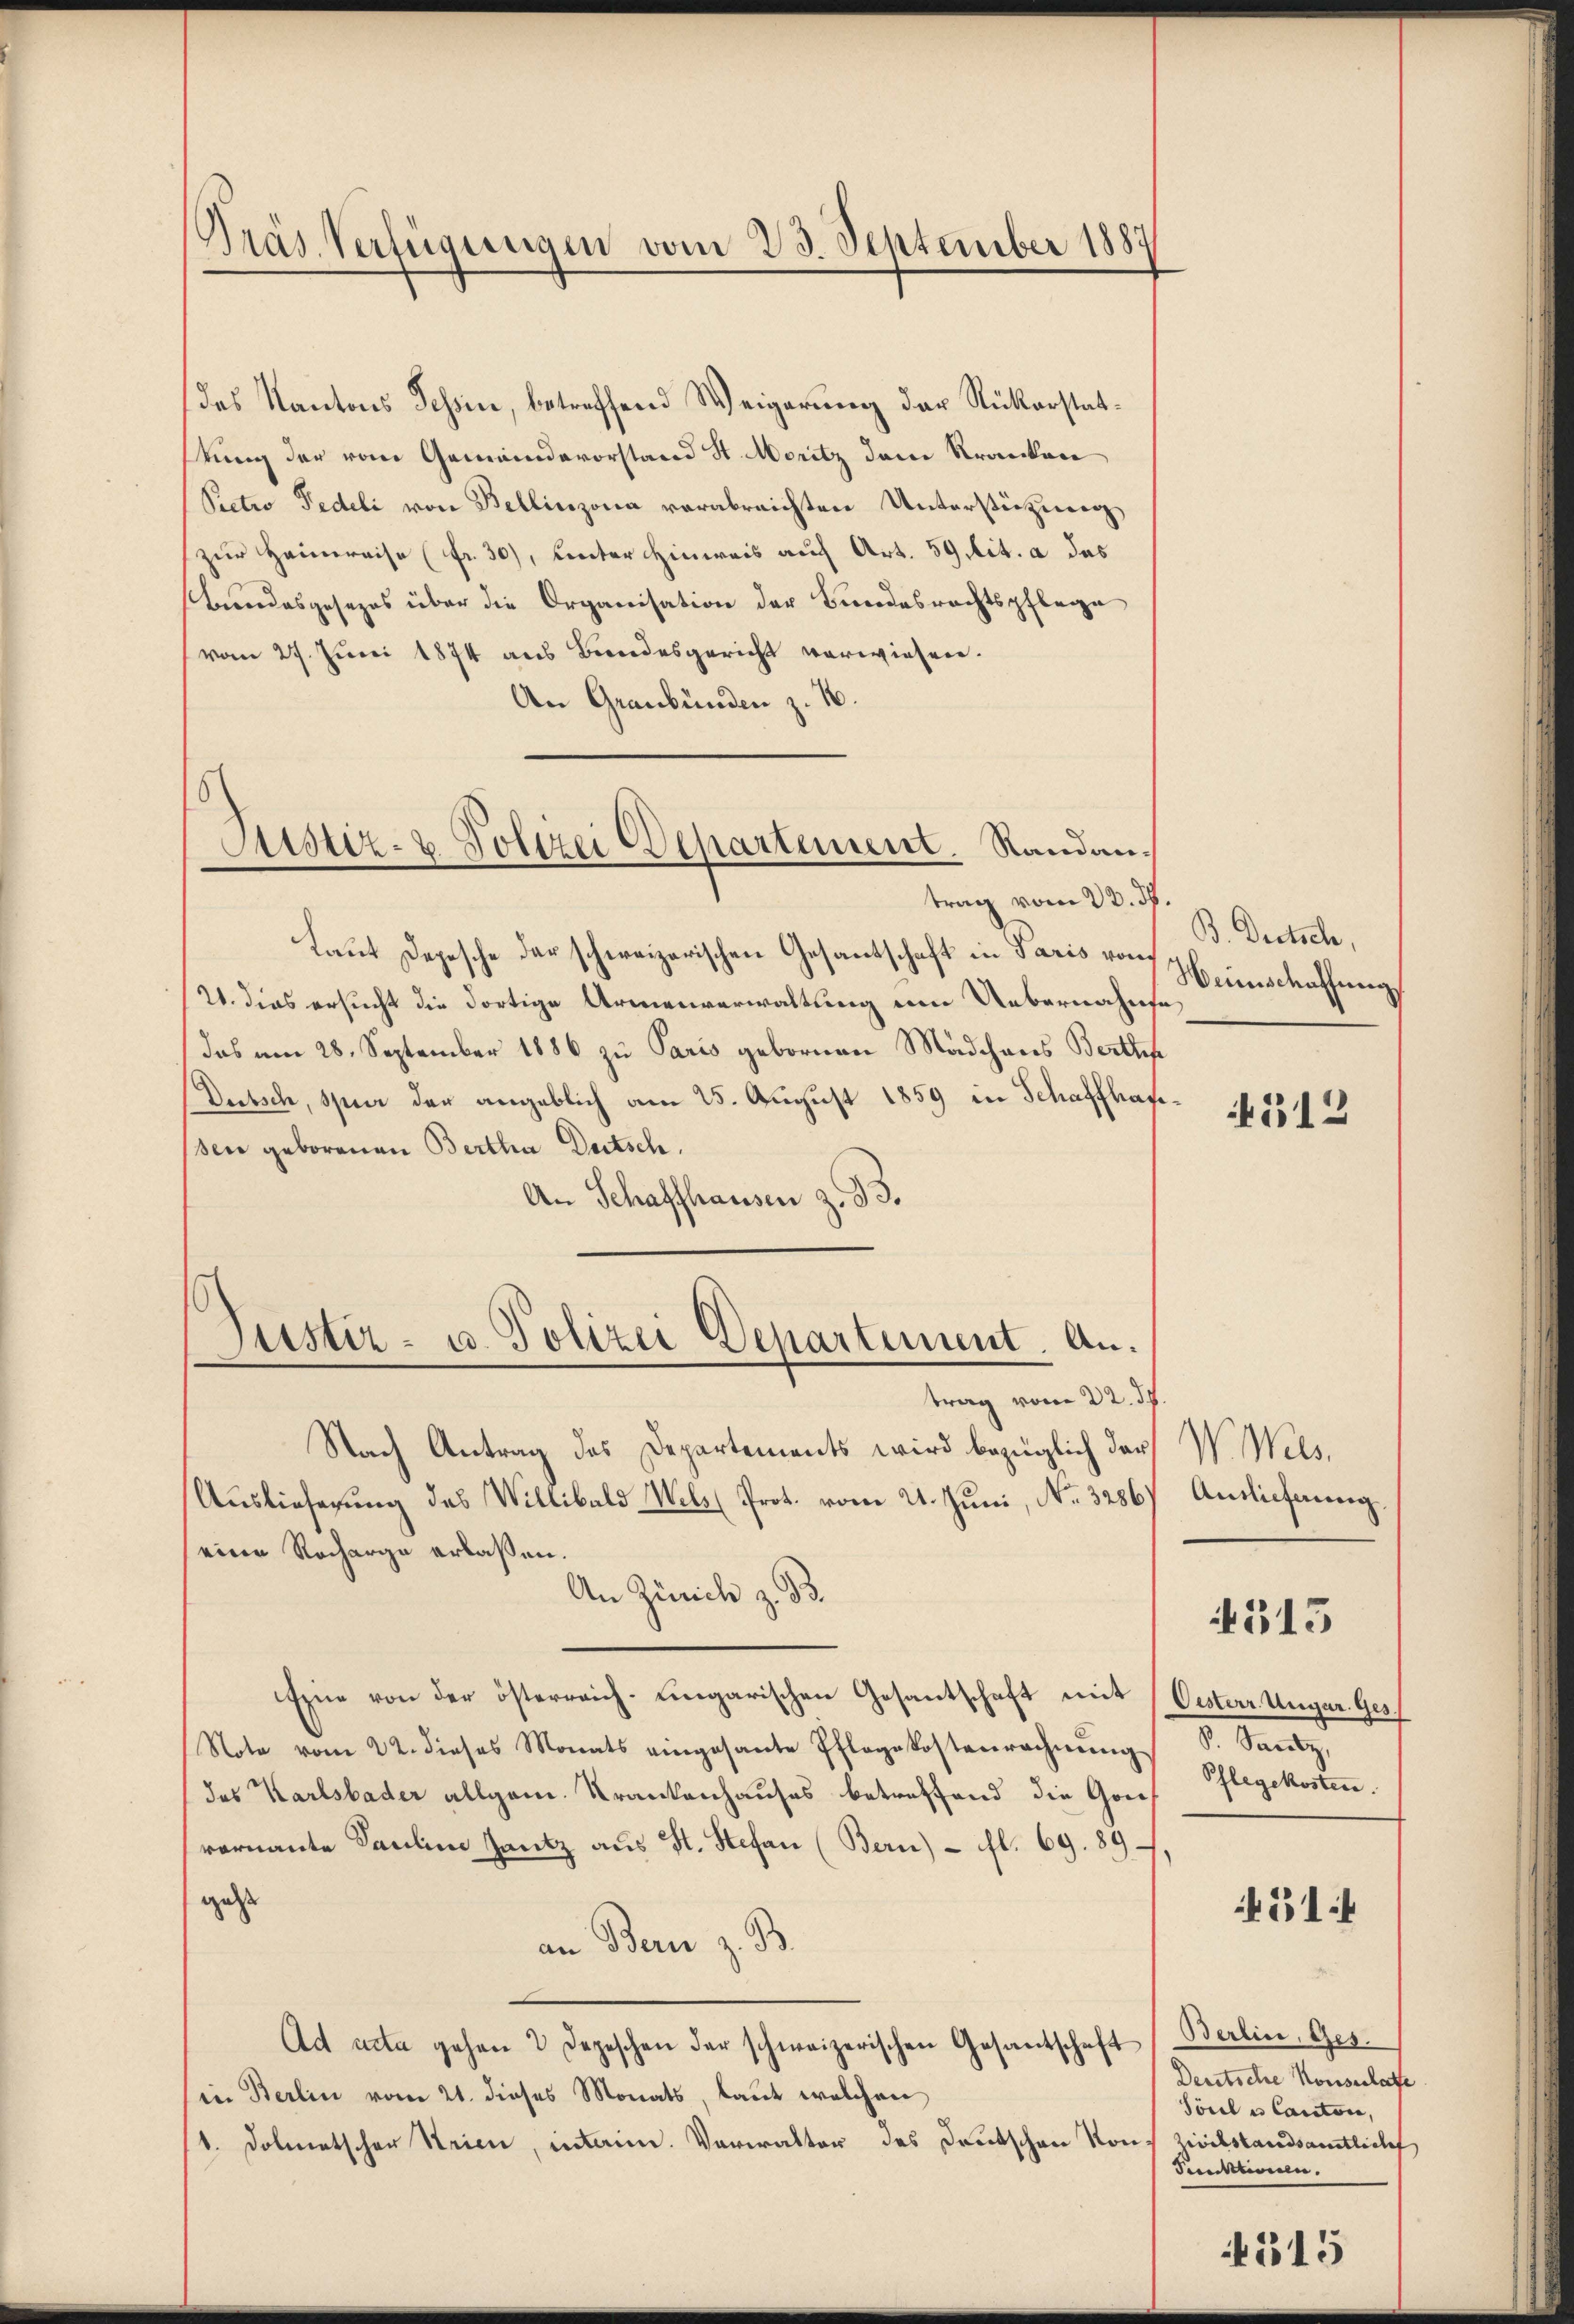
Gräs Verfügungen vom 23. September 1887

des Kantons Tessin, betreffend Weigerung der Rükerstatkung der vom Gemeindevorstand St. Moritz dem Kranken
Pectio Pedeli von Bellinzona verabreichten Unterstüzung,
zur Heimreise (fr. 30), unter Hinweis auf Art. 59 lit. a das
Bundesgesezes über die Organisation der Bundesrechtspflege
(vom 27. Juni 1874 aus Beredesgericht verwiesen.
An Graubünden z. B.
trag vom 22. ds.
Laut Depesche der schweizerischen Gesantschaft in Paris von
2. dies ersucht die dortige Armenverwaltung ein Uebernahme
das am 28. September 1886 zu Paris gebornen Mädchens Berth
Dutsch, spier der angeblich am 25. August 1859 in Schaffhaf
sen geborenen Bertha Deutsch.
An Schaffhausen z. B.
Justiz- u. Polizei Departement. An¬

Sistiz- & Polizei Departement. Standan¬

trag vom 22. d.

Nach Antrag des Departements wird bezüglich das
Auslieferung des Willibald Wels (Prot. vom 21. Juni, No. 3286) Auslieferung
(eine Recharge erlaßen.
An Zürich z. B.
Eine von der österreich-ungarischen Gesantschaft mit Oesterr Ungar. Ges
Note vom 22. dieses Monats eingesante Pflegekostenrechnŭng
das Karlsbader allgem. Krankenhauses betreffend die Gourernante Pauline Jantz aus St. Stefan (Bern) - fl. 69. 89
gatt
an Bern z. B.
Ad acta gehen 2 Depeschen der schweizerischen Gesantschaft (Berlin, Ges¬
(in Berlin vom 21. dieses Monats, laut welchen
1. Dolmetscher Strien, interim. Verwalter des Deutschen Kons Zivilstandsamtlichf

B. Dertsch,
Weinschaffung

.

4512

W. Wels.

313

d. Sanitz,
Pflegekosten.

51

Deutsche Konserhatte
Söndle Canton,
Funktionen.

315